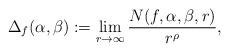
LaTeX: \begin{align*}\Delta_f(\alpha,\beta):=\lim_{r\rightarrow\infty}\frac{N(f,\alpha,\beta,r)}{r^{\rho}},\end{align*}